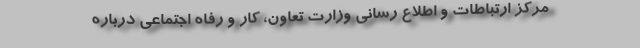
مرکز ارتباطات و اطلاع رسانی وزارت تعاون، کار و رفاه اجتماعی درباره